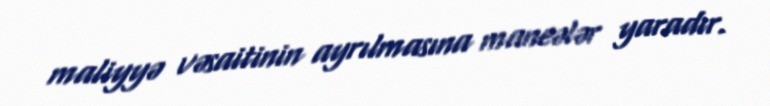
maliyyə vəsaitinin ayrılmasına maneələr yaradır.